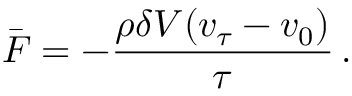
\bar { \boldsymbol { F } } = - \frac { \rho \delta V ( \boldsymbol { v } _ { \! \; \! \tau } - \boldsymbol { v } _ { 0 } ) } { \tau } \, .